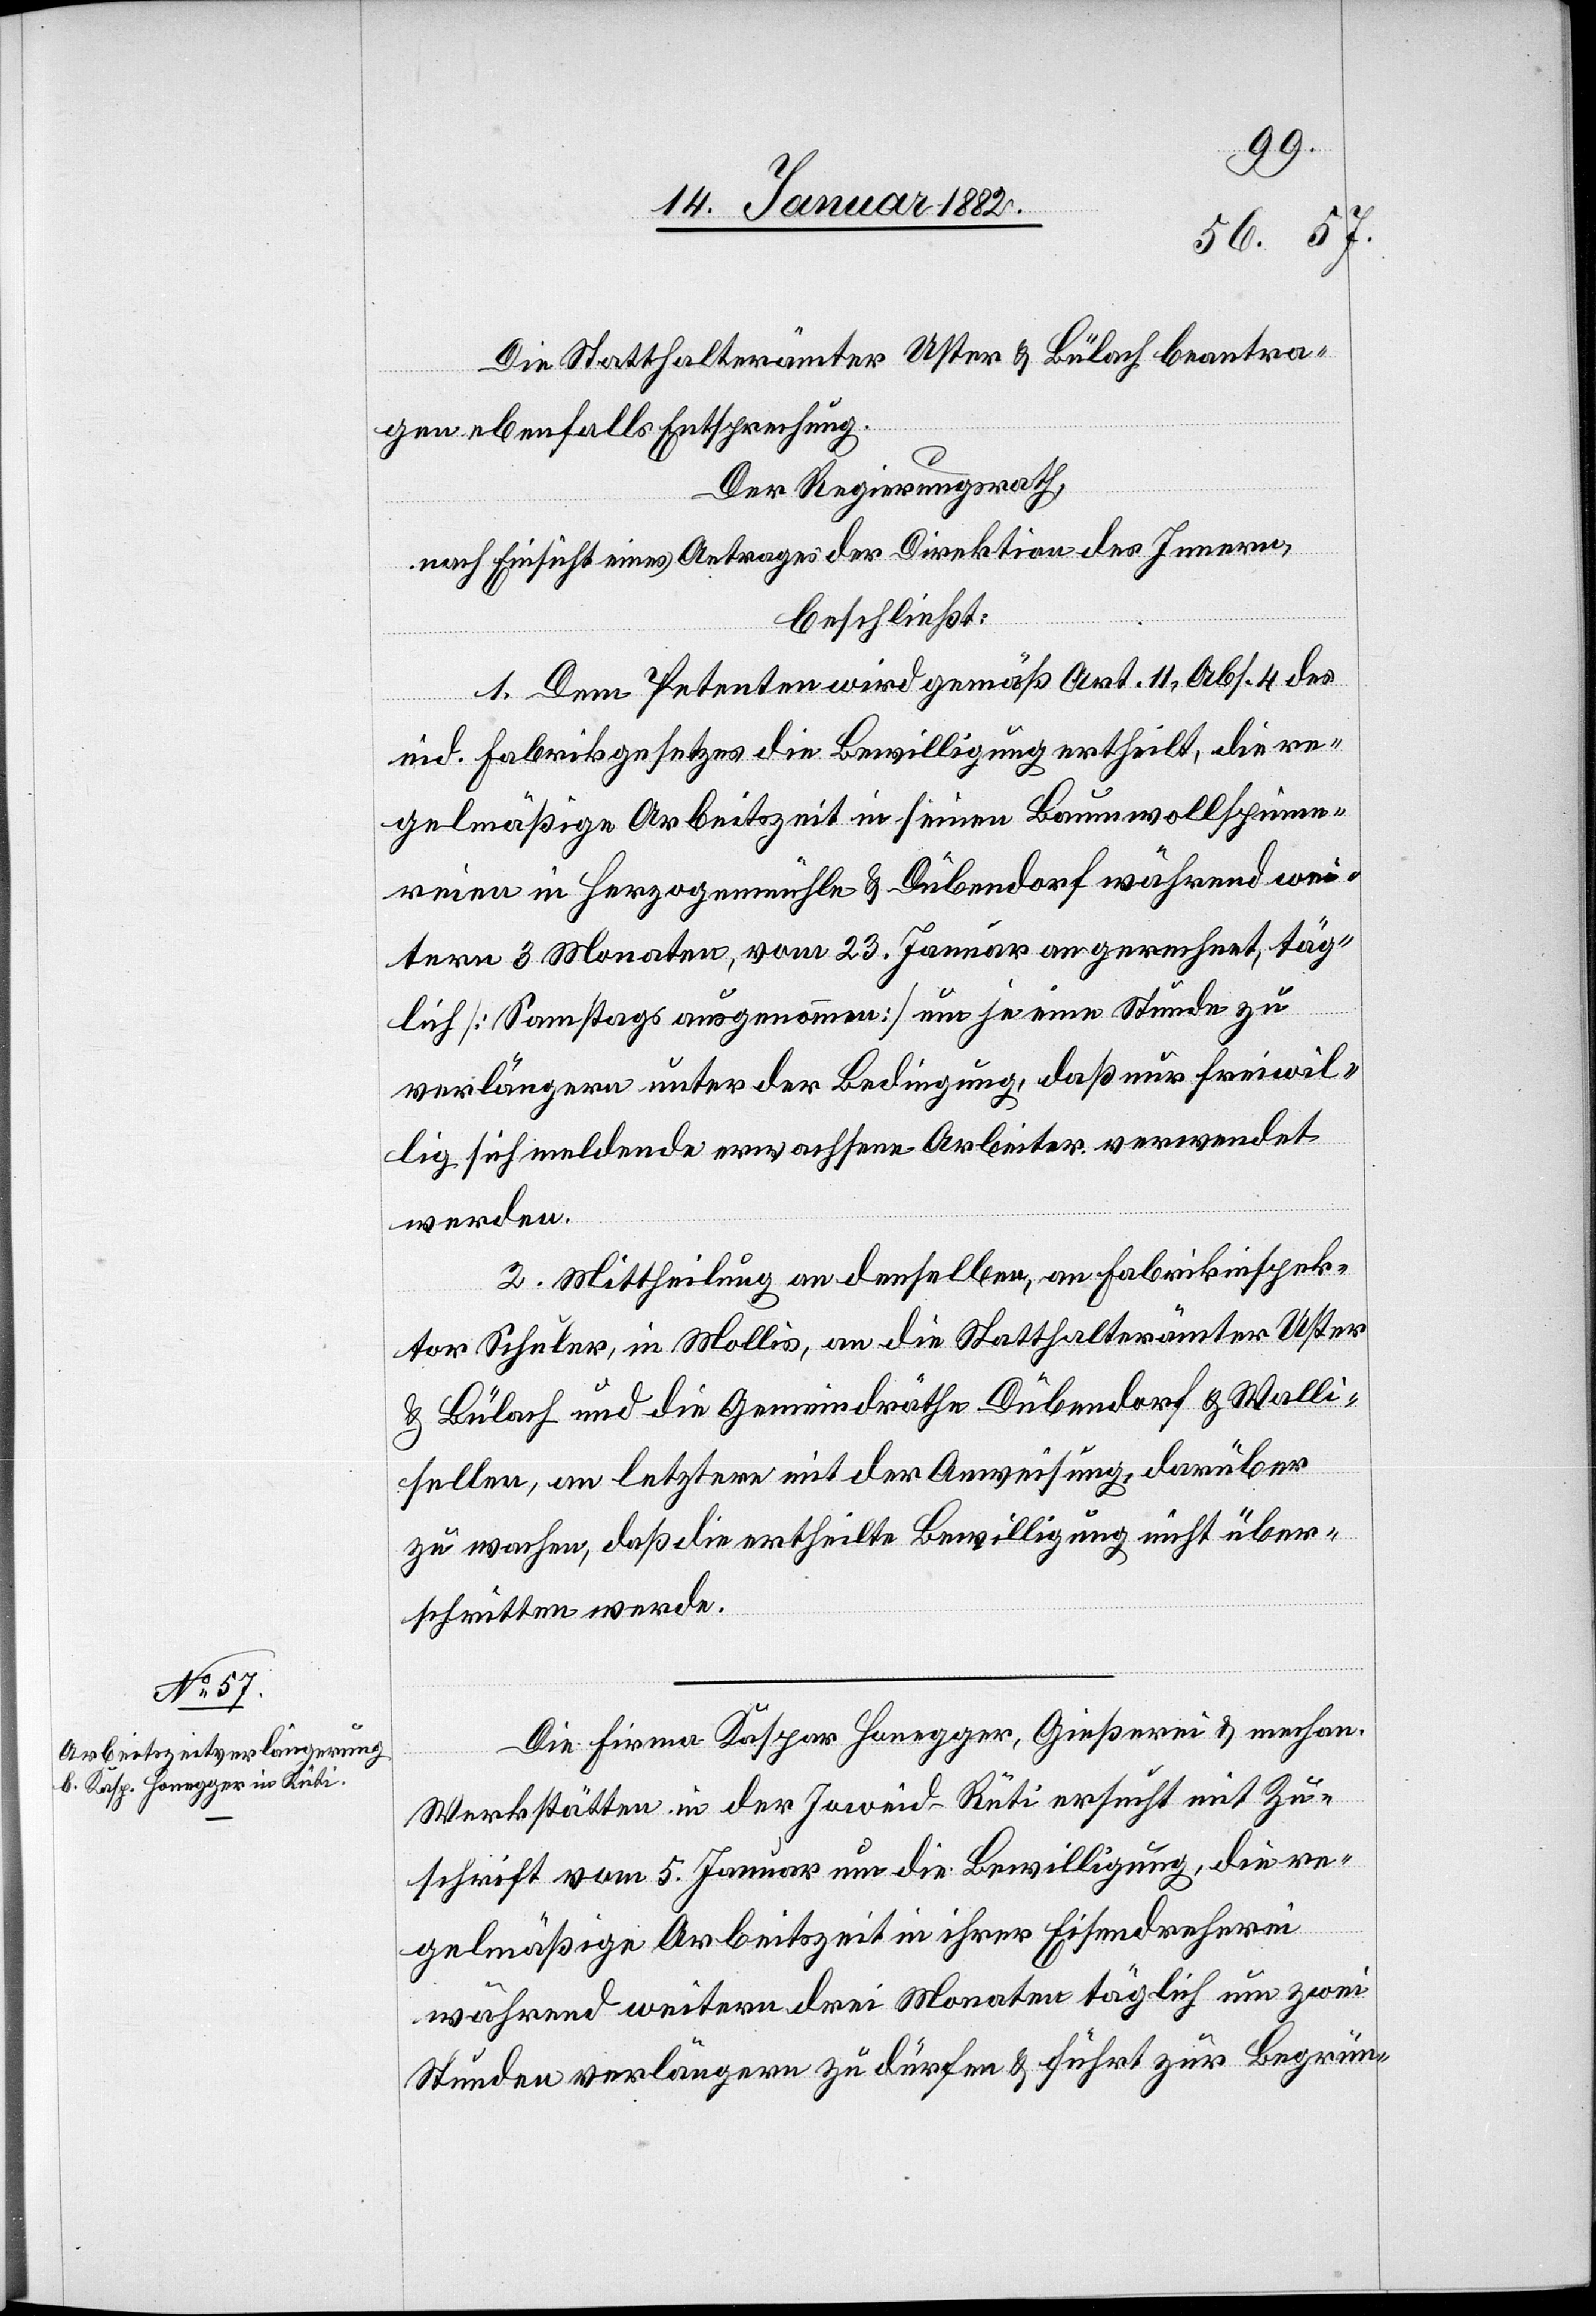
Die Statthalterämter Uster & Bülach beantra¬
gen ebenfalls Entsprechung.
Der Regierungsrath,
nach Einsicht eines Antrages der Direktion des Innern,
beschließt:
1. Dem Petenten wird gemäß Art. 11, Abs. 4 des
eid. Fabrikgesetzes die Bewilligung ertheilt, die re¬
gelmäßige Arbeitszeit in seinen Baumwollspinne¬
reinen in Herzogenmühle & Dübendorf während wei¬
teren 3 Monaten, vom 23. Januar angerechnet, täg¬
lich [Samstags ausgenommen] um je eine Stunde zu
verlängern unter der Bedingung, daß nur freiwil¬
lig sich meldende erwachsene Arbeiter verwendet
werden.
2. Mittheilung an denselben, an Fabrikinspek¬
tor Schuler, in Mollis, an die Statthalterämter Uster
& Bülach und die Gemeindräthe Dübendorf & Walli¬
sellen, an letztere mit der Anweisung, darüber
zu wachen, daß die ertheilte Bewilligung nicht über¬
schritten werde.
Die Firma Kaspar Honegger, Gießerei & mechan.
Werkstätte in der Joweid - Rüti ersucht mit Zu¬
schrift vom 5. Januar um die Bewilligung, die re¬
gelmäßige Arbeitszeit in ihrer Eisendreherei
während weiteren drei Monaten täglich um zwei
Stunden verlängern zu dürfen & führt zur Begrün-